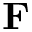
\mathbf { F }